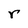
Character: r